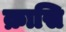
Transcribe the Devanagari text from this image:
क्रासि